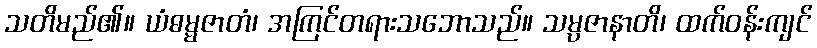
သတိမည်၏။ ယံဓမ္မဇာတံ၊ အကြင်တရားသဘောသည်။ သမ္ပဇာနာတိ၊ ထက်ဝန်းကျင်